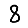
Digit: 8